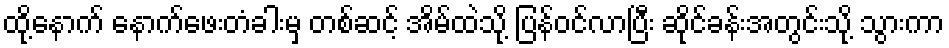
ထို့နောက် နောက်ဖေးတံခါးမှ တစ်ဆင့် အိမ်ထဲသို့ ပြန်ဝင်လာပြီး ဆိုင်ခန်းအတွင်းသို့ သွားကာ